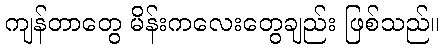
ကျန်တာတွေ မိန်းကလေးတွေချည်း ဖြစ်သည်။